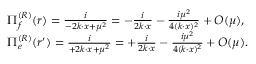
\begin{array} { r l } & { \Pi _ { f } ^ { ( R ) } ( r ) = \frac { i } { - 2 k \cdot x + \mu ^ { 2 } } = - \frac { i } { 2 k \cdot x } - \frac { i \mu ^ { 2 } } { 4 ( k \cdot x ) ^ { 2 } } + O ( \mu ) , } \\ & { \Pi _ { e } ^ { ( R ) } ( r ^ { \prime } ) = \frac { i } { + 2 k \cdot x + \mu ^ { 2 } } = + \frac { i } { 2 k \cdot x } - \frac { i \mu ^ { 2 } } { 4 ( k \cdot x ) ^ { 2 } } + O ( \mu ) . } \end{array}